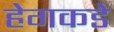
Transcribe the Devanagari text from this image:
हेगकडे